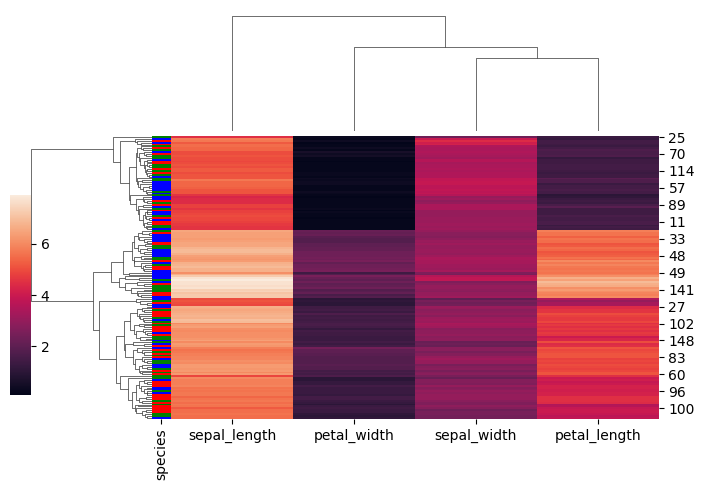
python, seaborn, clustermap, figsize=(7, 5), row_cluster=True, dendrogram_ratio=(0.2, 0.3), cbar_pos=(0, 0.2, 0.03, 0.4)